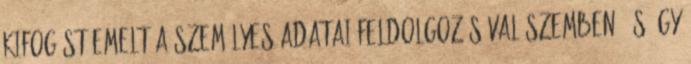
kifogást emelt a személyes adatai feldolgozásával szemben, és úgy